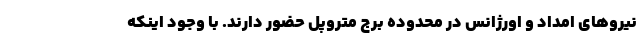
نیروهای امداد و اورژانس در محدوده برج متروپل حضور دارند. با وجود اینکه